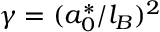
\gamma = ( a _ { 0 } ^ { * } / l _ { B } ) ^ { 2 }